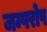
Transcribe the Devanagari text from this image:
जम्परोप